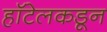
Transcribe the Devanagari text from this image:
हॉटेलकडून